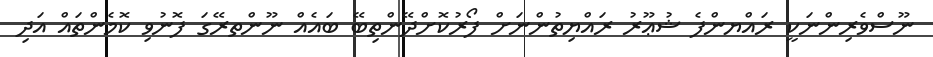
ނޫސްވެރިންނަކީ ރައްޔންފެ ޝުޢޫރު ރައްޔިތުންނަށް ފޯރުކޮށްދޭންތިބޭ ބައެއް ނޫންތރޭގަ ފޮނުވި ކޮމެންތައް އަދި